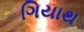
ગિયાથ